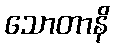
သောတာနိ